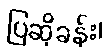
ပြဆိုခန်း၊